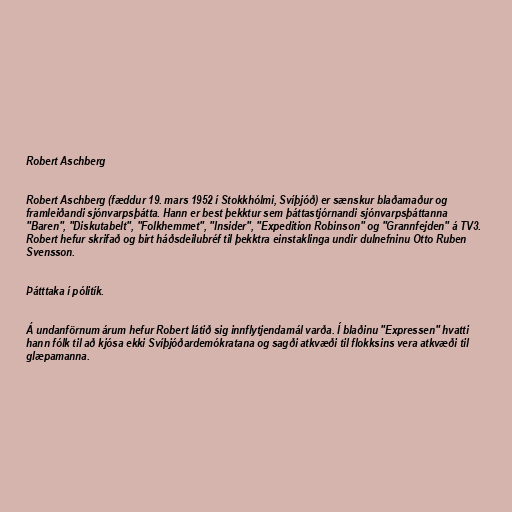
Robert Aschberg

Robert Aschberg (fæddur 19. mars 1952 í Stokkhólmi, Svíþjóð) er sænskur blaðamaður og
framleiðandi sjónvarpsþátta. Hann er best þekktur sem þáttastjórnandi sjónvarpsþáttanna
"Baren", "Diskutabelt", "Folkhemmet", "Insider", "Expedition Robinson" og "Grannfejden" á TV3.
Robert hefur skrifað og birt háðsdeilubréf til þekktra einstaklinga undir dulnefninu Otto Ruben
Svensson.

Þátttaka í pólitík.

Á undanförnum árum hefur Robert látið sig innflytjendamál varða. Í blaðinu "Expressen" hvatti
hann fólk til að kjósa ekki Svíþjóðardemókratana og sagði atkvæði til flokksins vera atkvæði til
glæpamanna.